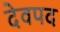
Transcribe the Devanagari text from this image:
देवपद